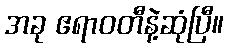
အခု ဧရာဝတီနဲ့ဆုံပြီ။